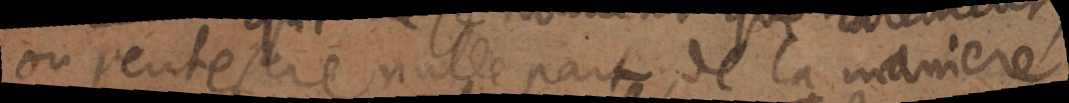
ou peut estre nulle part, de la maniere